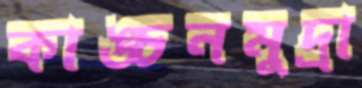
কাঙ্চনমুদ্রা